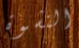
النشوة